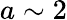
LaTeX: a\sim 2